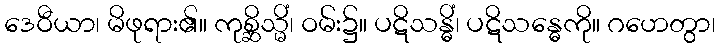
ဒေဝီယာ၊ မိဖုရား၏။ ကုစ္ဆိသ္မိံ၊ ဝမ်း၌။ ပဋိသန္ဓိံ၊ ပဋိသန္ဓေကို။ ဂဟေတွာ၊